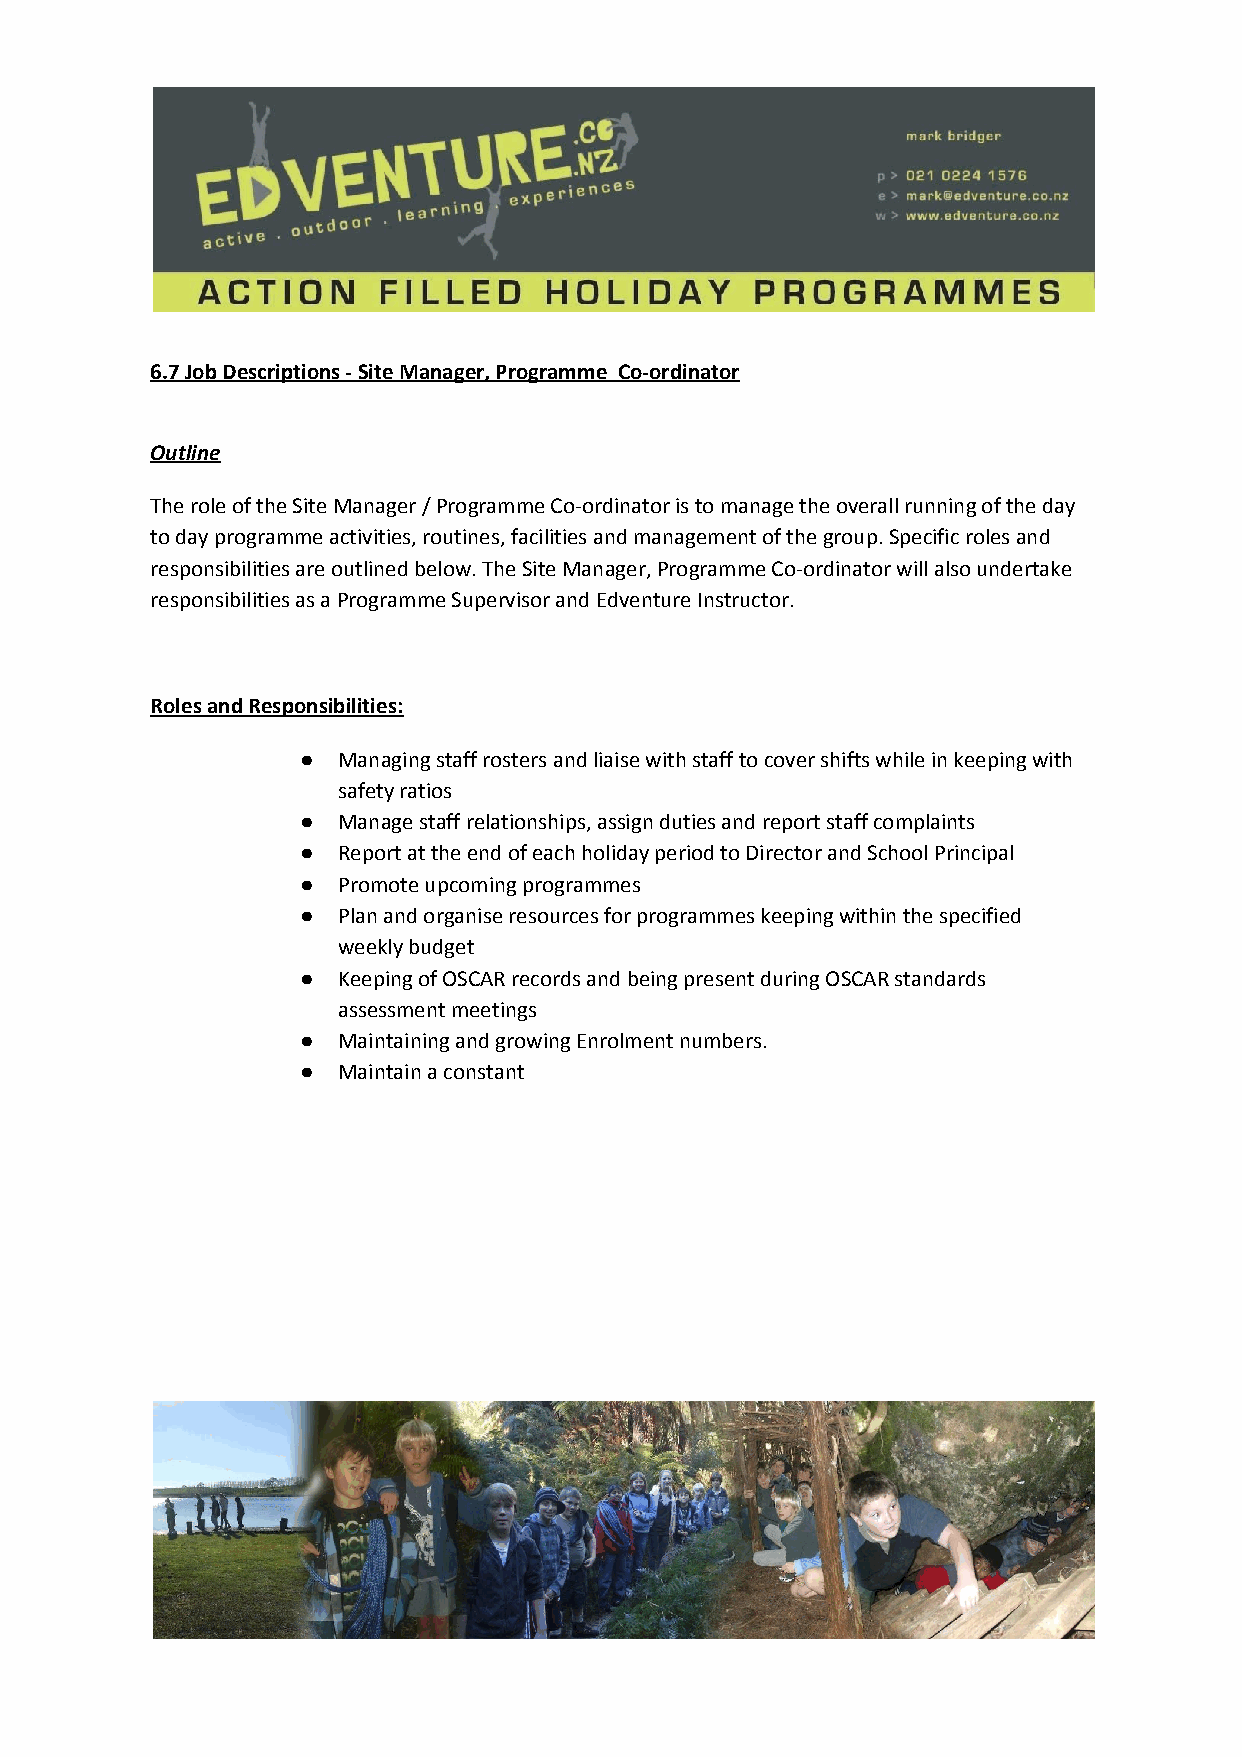
6.7 Job Descriptions - Site Manager, Programme Co-ordinator
 Outline
 The role of the Site Manager / Programme Co-ordinator is to manage the overall running of the day
 to day programme activities, routines, facilities and management of the group. Specific roles and
 responsibilities are outlined below. The Site Manager, Programme Co-ordinator will also undertake
 responsibilities as a Programme Supervisor and Edventure Instructor.
 Roles and Responsibilities:
 ● Managing staff rosters and liaise with staff to cover shifts while in keeping with
 safety ratios
 ● Manage staff relationships, assign duties and report staff complaints
 ● Report at the end of each holiday period to Director and School Principal
 ● Promote upcoming programmes
 ● Plan and organise resources for programmes keeping within the specified
 weekly budget
 ● Keeping of OSCAR records and being present during OSCAR standards
 assessment meetings
 ● Maintaining and growing Enrolment numbers.
 ● Maintain a constant